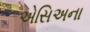
એસિઅના